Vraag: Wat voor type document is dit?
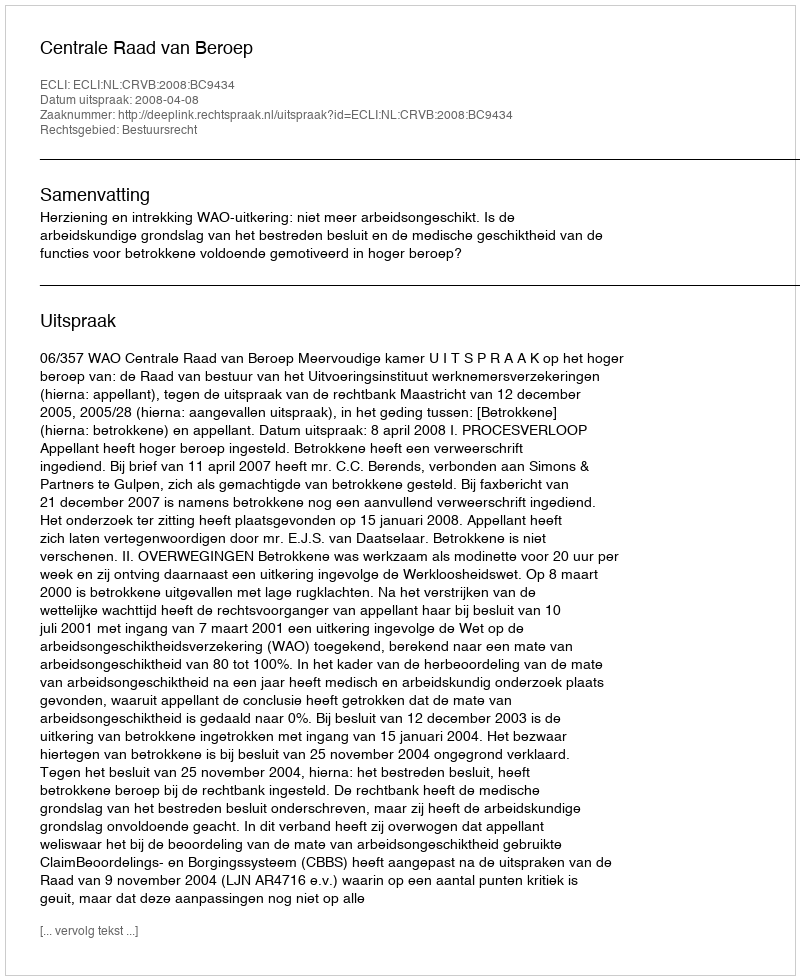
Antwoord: Uitspraak